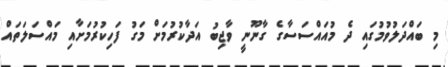
މި ބައްދަލުވުމުގައި ދެ މުއައްސަސާގެ ގާނޫނީ ވާޖިބު އަދާކުރުމަށް މަގު ފަހިކުރުމަށާއި މައްސަލަތައް